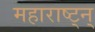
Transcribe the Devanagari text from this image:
महाराष्ट्न्